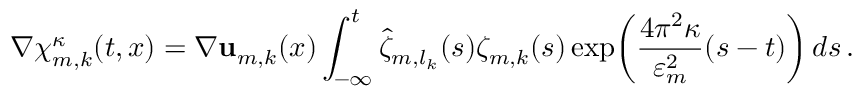
\nabla { \boldsymbol { \chi } } _ { m , k } ^ { \kappa } ( t , x ) = \nabla \mathbf { u } _ { m , k } ( x ) \int _ { - \infty } ^ { t } \hat { \zeta } _ { m , l _ { k } } ( s ) \zeta _ { m , k } ( s ) \exp \mathopen { } \mathclose \bgroup \left( \frac { 4 \pi ^ { 2 } \kappa } { \varepsilon _ { m } ^ { 2 } } ( s - t ) \aftergroup \egroup \right) \, d s \, .